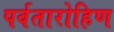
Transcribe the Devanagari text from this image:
पर्वतारोहिण